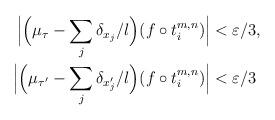
LaTeX: \begin{align*}\begin{aligned}\Bigl|\Bigl(\mu_\tau - \sum_j \delta_{x_j}/l\Bigr)(f \circ t_i^{m,n})\Bigr| &< \varepsilon/3, \\\Bigl|\Bigl(\mu_{\tau'} - \sum_j \delta_{x_j'}/l\Bigr)(f \circ t_i^{m,n})\Bigr| &< \varepsilon/3\end{aligned}\end{align*}